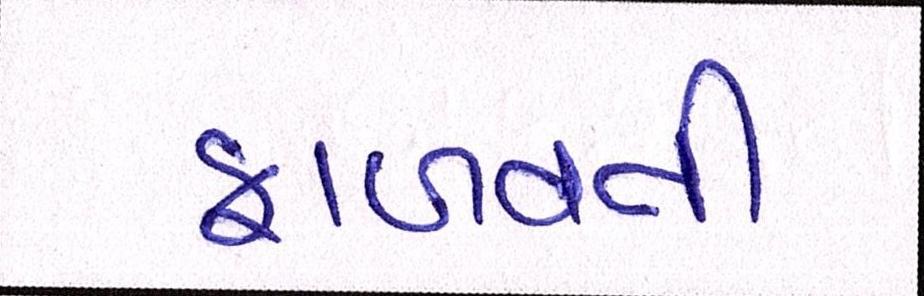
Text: ફાળવતી